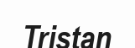
Tristan